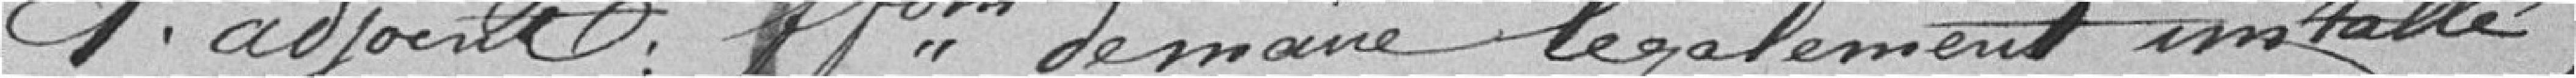
1er adjoint faisant fonction de maire légalement installé